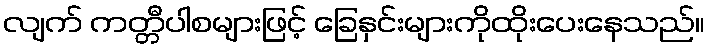
လျက် ကတ္တီပါစများဖြင့် ခြေနှင်းများကိုထိုးပေးနေသည်။